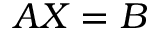
A X = B